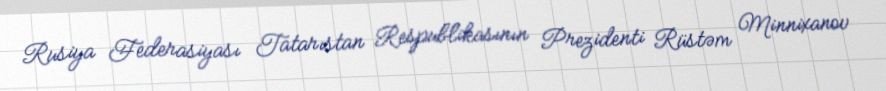
Rusiya Federasiyası Tatarıstan Respublikasının Prezidenti Rüstəm Minnixanov